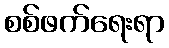
စစ်ဖက်ရေးရာ